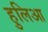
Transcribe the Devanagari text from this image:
हुलिआ